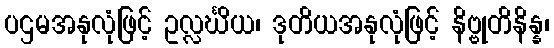
ပဌမအနုလုံဖြင့် ဥလ္လင်္ဃိယ၊ ဒုတိယအနုလုံဖြင့် နိဗ္ဗုတိနိန္န၊